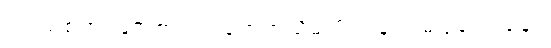
ပြင်သစ်တပ်များက ဝင် ရောက်သိမ်းပိုက်ခြင်း မပြုသေးချေ။